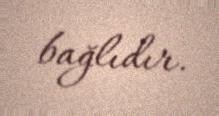
bağlıdır.